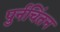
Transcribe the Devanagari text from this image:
पुर्नचिंतन